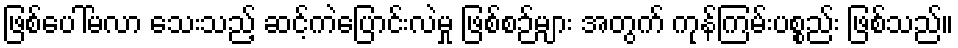
ဖြစ်ပေါ်မလာ သေးသည့် ဆင့်ကဲပြောင်းလဲမှု ဖြစ်စဉ်များ အတွက် ကုန်ကြမ်းပစ္စည်း ဖြစ်သည်။